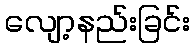
လျော့နည်းခြင်း